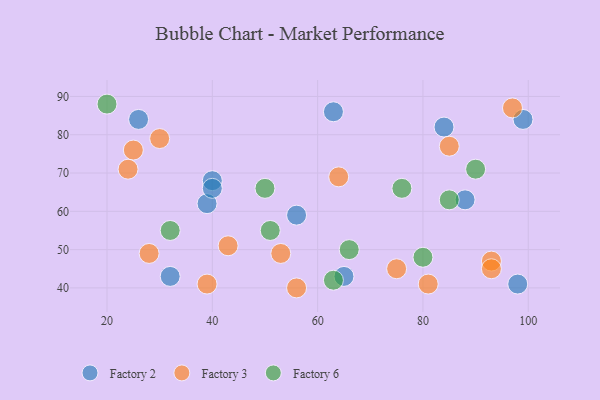
{"axis": {"x": "GDP", "y": "Life Expectancy"}, "legend": ["Factory 2", "Factory 3", "Factory 6"], "data": [{"x": "99", "y": 84, "type": "Factory 2"}, {"x": "65", "y": 43, "type": "Factory 2"}, {"x": "98", "y": 41, "type": "Factory 2"}, {"x": "39", "y": 62, "type": "Factory 2"}, {"x": "63", "y": 86, "type": "Factory 2"}, {"x": "40", "y": 68, "type": "Factory 2"}, {"x": "88", "y": 63, "type": "Factory 2"}, {"x": "26", "y": 84, "type": "Factory 2"}, {"x": "32", "y": 43, "type": "Factory 2"}, {"x": "56", "y": 59, "type": "Factory 2"}, {"x": "40", "y": 66, "type": "Factory 2"}, {"x": "84", "y": 82, "type": "Factory 2"}, {"x": "64", "y": 69, "type": "Factory 3"}, {"x": "53", "y": 49, "type": "Factory 3"}, {"x": "24", "y": 71, "type": "Factory 3"}, {"x": "85", "y": 77, "type": "Factory 3"}, {"x": "93", "y": 47, "type": "Factory 3"}, {"x": "39", "y": 41, "type": "Factory 3"}, {"x": "93", "y": 45, "type": "Factory 3"}, {"x": "30", "y": 79, "type": "Factory 3"}, {"x": "28", "y": 49, "type": "Factory 3"}, {"x": "75", "y": 45, "type": "Factory 3"}, {"x": "43", "y": 51, "type": "Factory 3"}, {"x": "81", "y": 41, "type": "Factory 3"}, {"x": "56", "y": 40, "type": "Factory 3"}, {"x": "97", "y": 87, "type": "Factory 3"}, {"x": "25", "y": 76, "type": "Factory 3"}, {"x": "76", "y": 66, "type": "Factory 6"}, {"x": "20", "y": 88, "type": "Factory 6"}, {"x": "66", "y": 50, "type": "Factory 6"}, {"x": "32", "y": 55, "type": "Factory 6"}, {"x": "50", "y": 66, "type": "Factory 6"}, {"x": "90", "y": 71, "type": "Factory 6"}, {"x": "63", "y": 42, "type": "Factory 6"}, {"x": "51", "y": 55, "type": "Factory 6"}, {"x": "85", "y": 63, "type": "Factory 6"}, {"x": "80", "y": 48, "type": "Factory 6"}]}